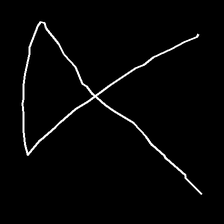
Glyph: collection